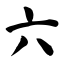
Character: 六